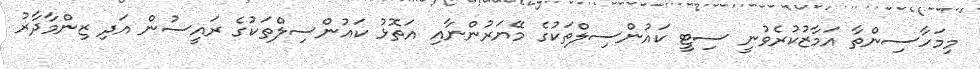
މިމަހާސިންތާ އަމާޒުކުރެވުނީ ސިޓީ ކައުންސިލްތަކުގެ މޭޔަރުންނާއި އަތޮޅު ކައުންސިލްތަކުގެ ރައީސުން އަދި ޒިންމާދާރު